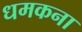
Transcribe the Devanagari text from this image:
धमकना